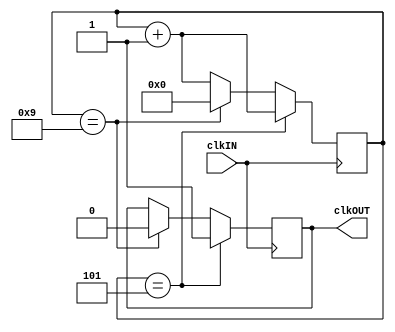
/*
	Ivan I. Ovchinnikov
	last upd.: 2016.02.18
*/

module divTen // divides clock by 10
(
    input wire clkIN,			// whatever clock needed to be divided
    output reg clkOUT = 1'b0	// awesome result
    );

reg [3:0] count=1'b0;

always @ (posedge clkIN)
begin
	count <= count + 1'b1;		// always increment
	if(count == 5)				// if counted half of phase
		clkOUT <= 1;			// set output to high level
	else if(count == 9) begin	// when counted to the end of period
		count<=0;				// reset the counter
		clkOUT <=0;				// set output to low level
	end
end
endmodule